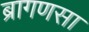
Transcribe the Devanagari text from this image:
ब्रागणसा